Trukikaitis_Postimees, lk 83
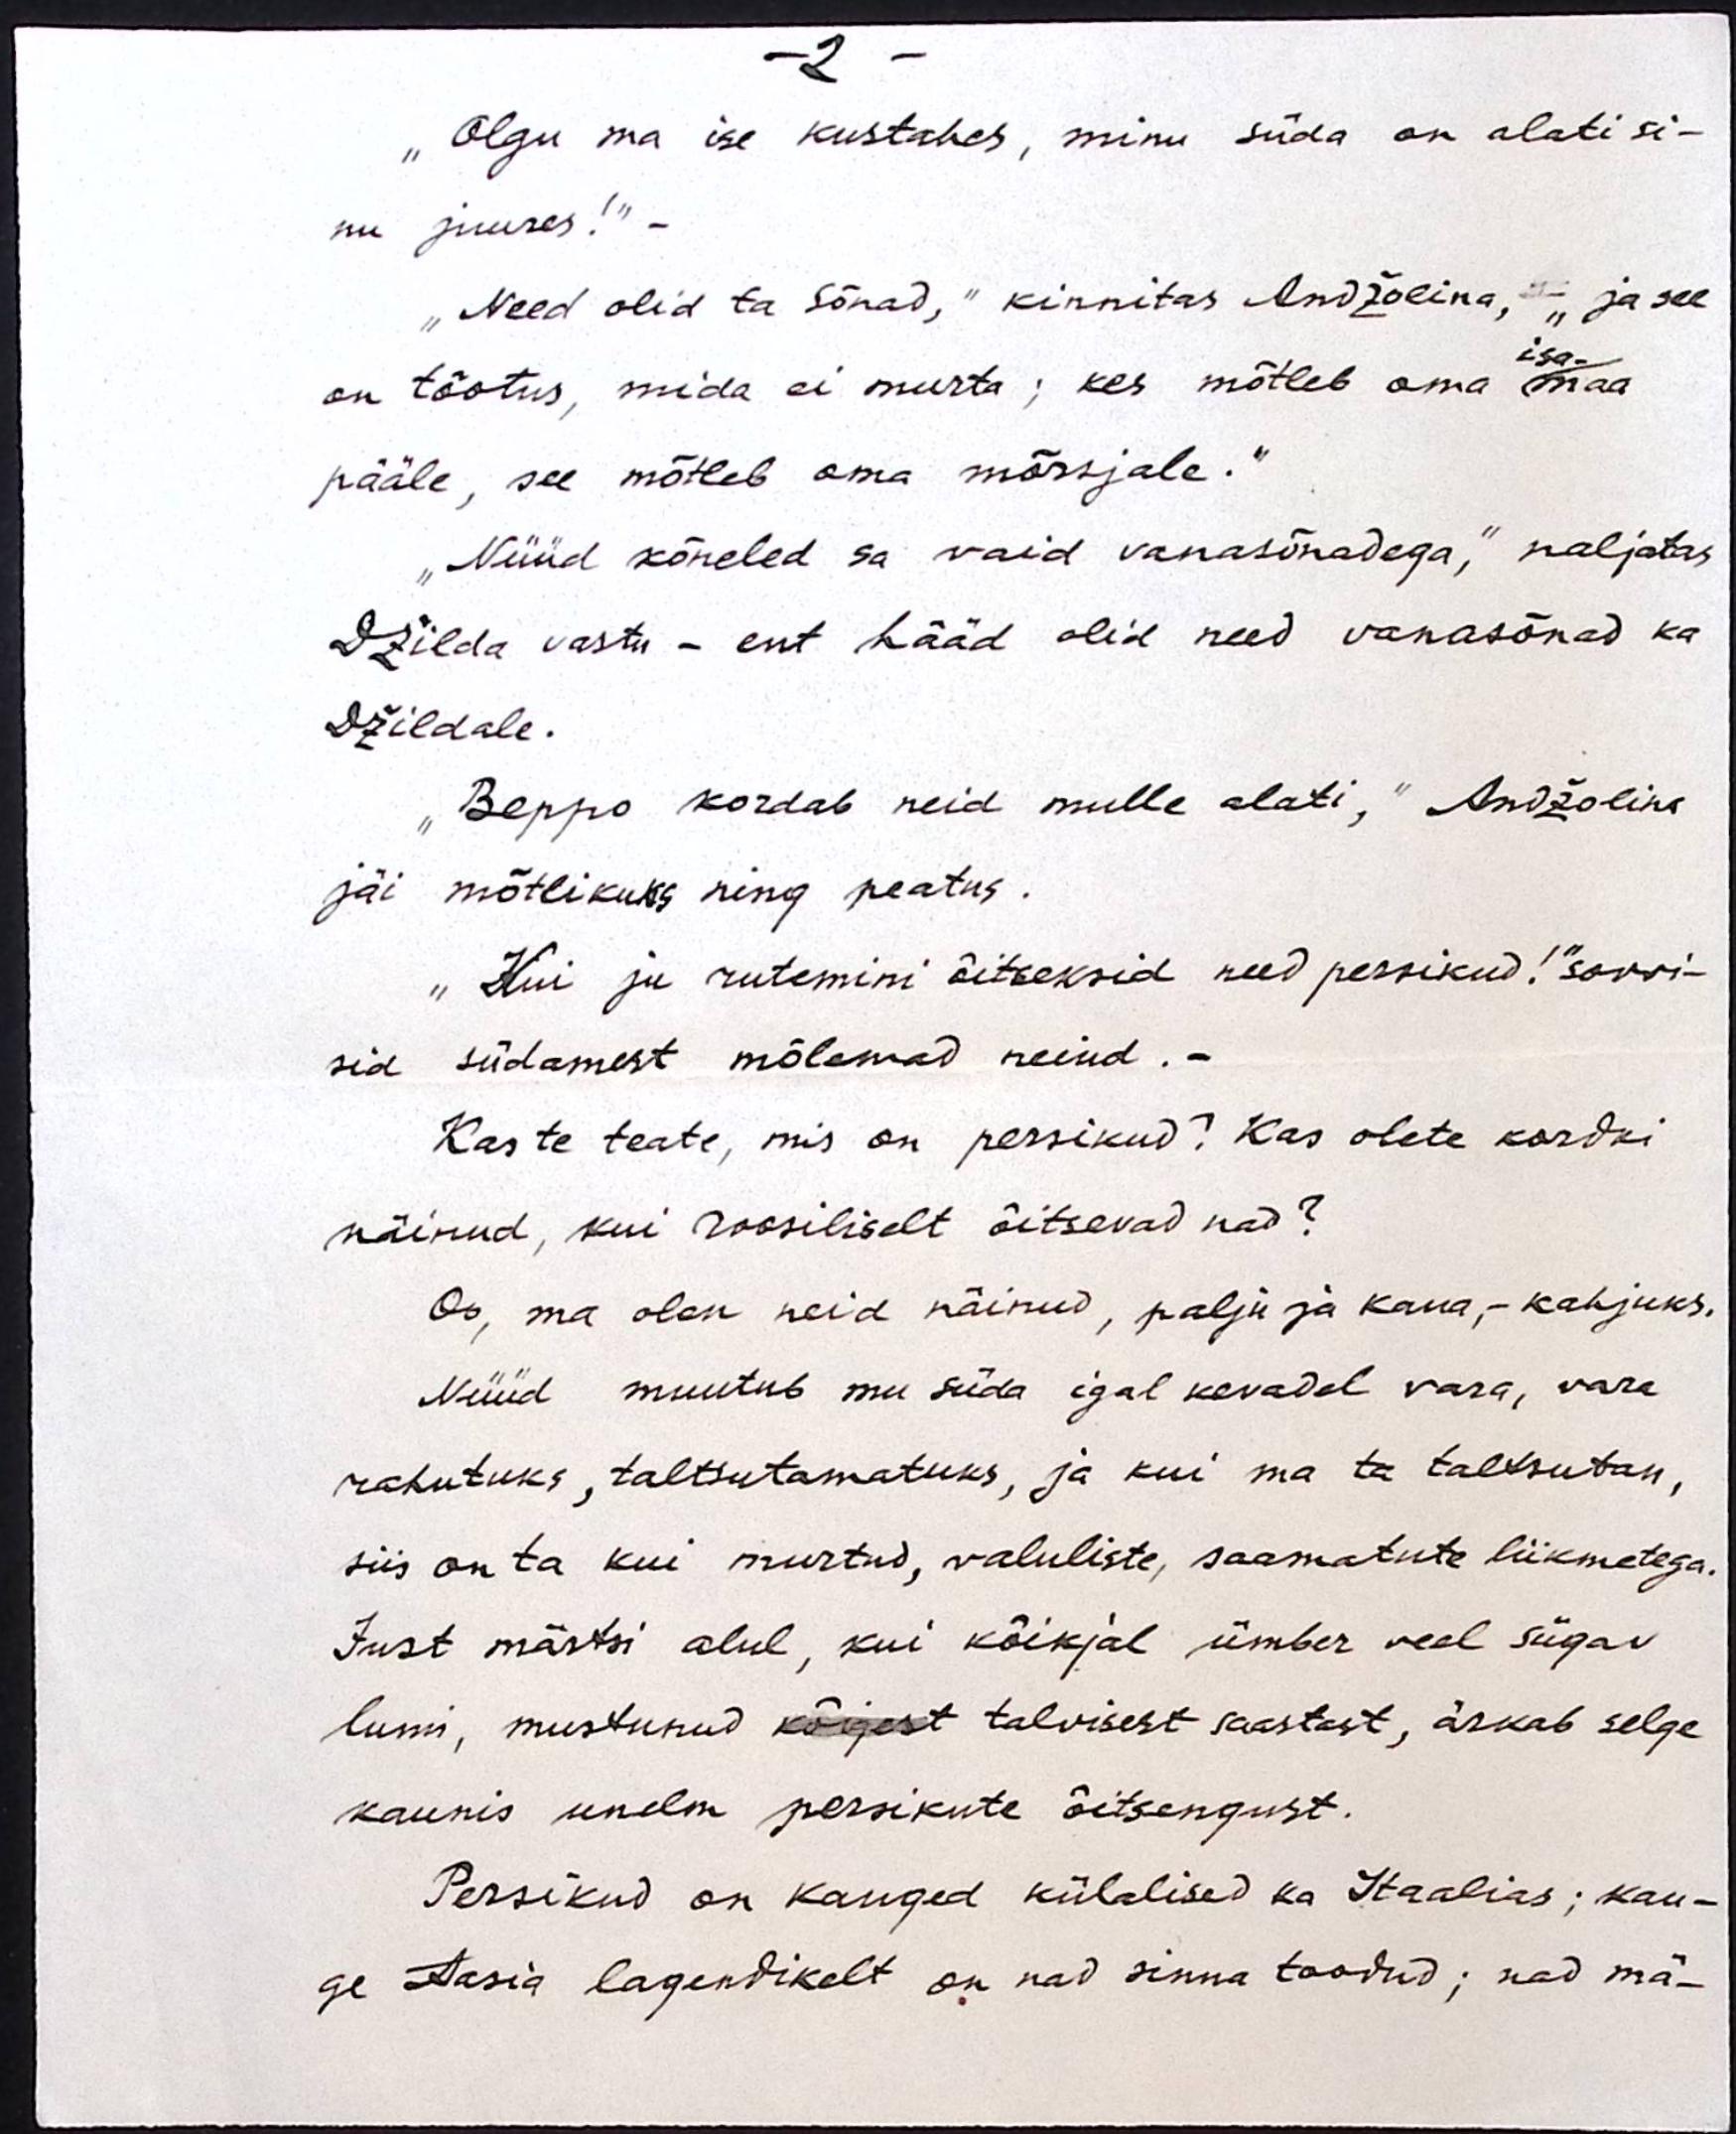
- 2 -
"Olgu ma ise kustahes, minu süda on alati si-
nu juures!" -
"Need olid ta sõnad," kinnitas Andžolina," ja see
isa-
on tõotus, mida ei murta; kes mõtleb oma maa
pääle, see mõtleb oma mõrsjale."
"Nüüd kõneled sa vaid vanasõnadega," naljatas
Džilda vastu - ent hääd olid need vanasõnad ka
Džildale.
"Beppo kordab neid mulle alati," Andžolina
jäi mõtlikuks ning peatus.
"Kui ju rutemini õitseksid need persikud!" soovi-
sid südamest mõlemad neiud. -
Kas te teate, mis on persikud? Kas olete kordki
näinud, kui roosiliselt õitsevad nad?
Oo, ma olen neid näinud, palju ja kaua, - kahjuks.
Nüüd muutub mu süda igal kevadel vara, vara
rahutuks, taltsutamatuks, ja kui ma ta taltsutan,
siis on ta kui murtud, valuliste, saamatute liikmetega.
Just märtsi alul, kui kõikjal ümber veel sügav
lumi, mustunud kõigest talvisest saastast, ärkab selge
kaunis unelm persikute õitsengust.
Persikud on kauged külalised ka Itaalias; kau-
ge Aasia lagendikelt on nad sinna toodud; nad mä-